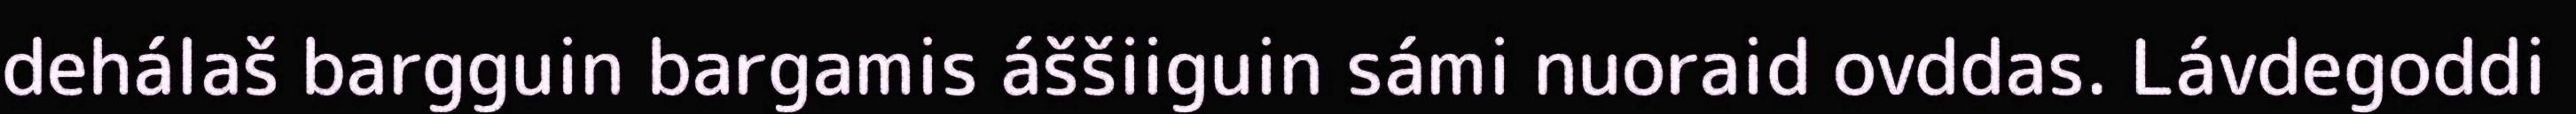
dehálaš bargguin bargamis áššiiguin sámi nuoraid ovddas. Lávdegoddi